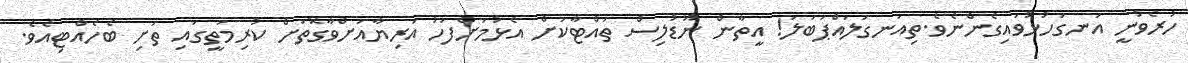
ހުރެވުނީ އަނގަހުޅުވައިގެންނެވެ.ތިއަނގަލައްޕަބަލަ! އީތާން ނޫޑުލިސް ތައްޓާކަށް އެޅުމަށްފަހު އަރިޔާއަށްވާގޮތަށް ކުރިމަތީގައި ތަށި ބެހެއްޓިއެވެ.